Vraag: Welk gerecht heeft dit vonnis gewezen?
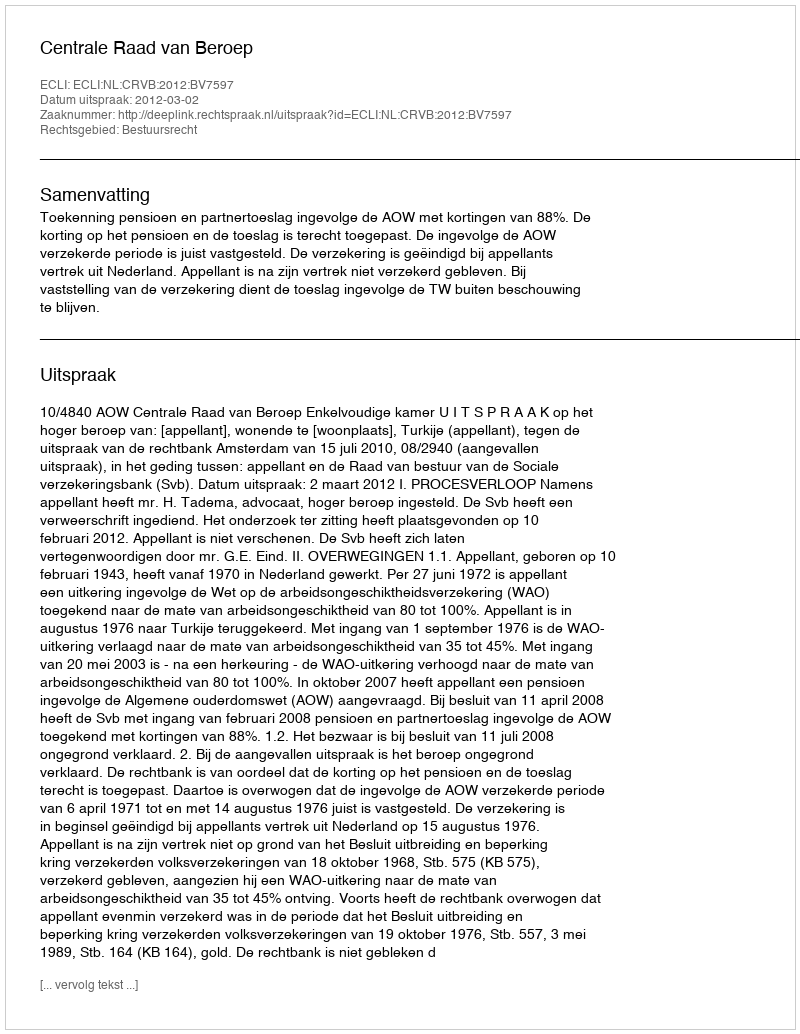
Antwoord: Centrale Raad van Beroep